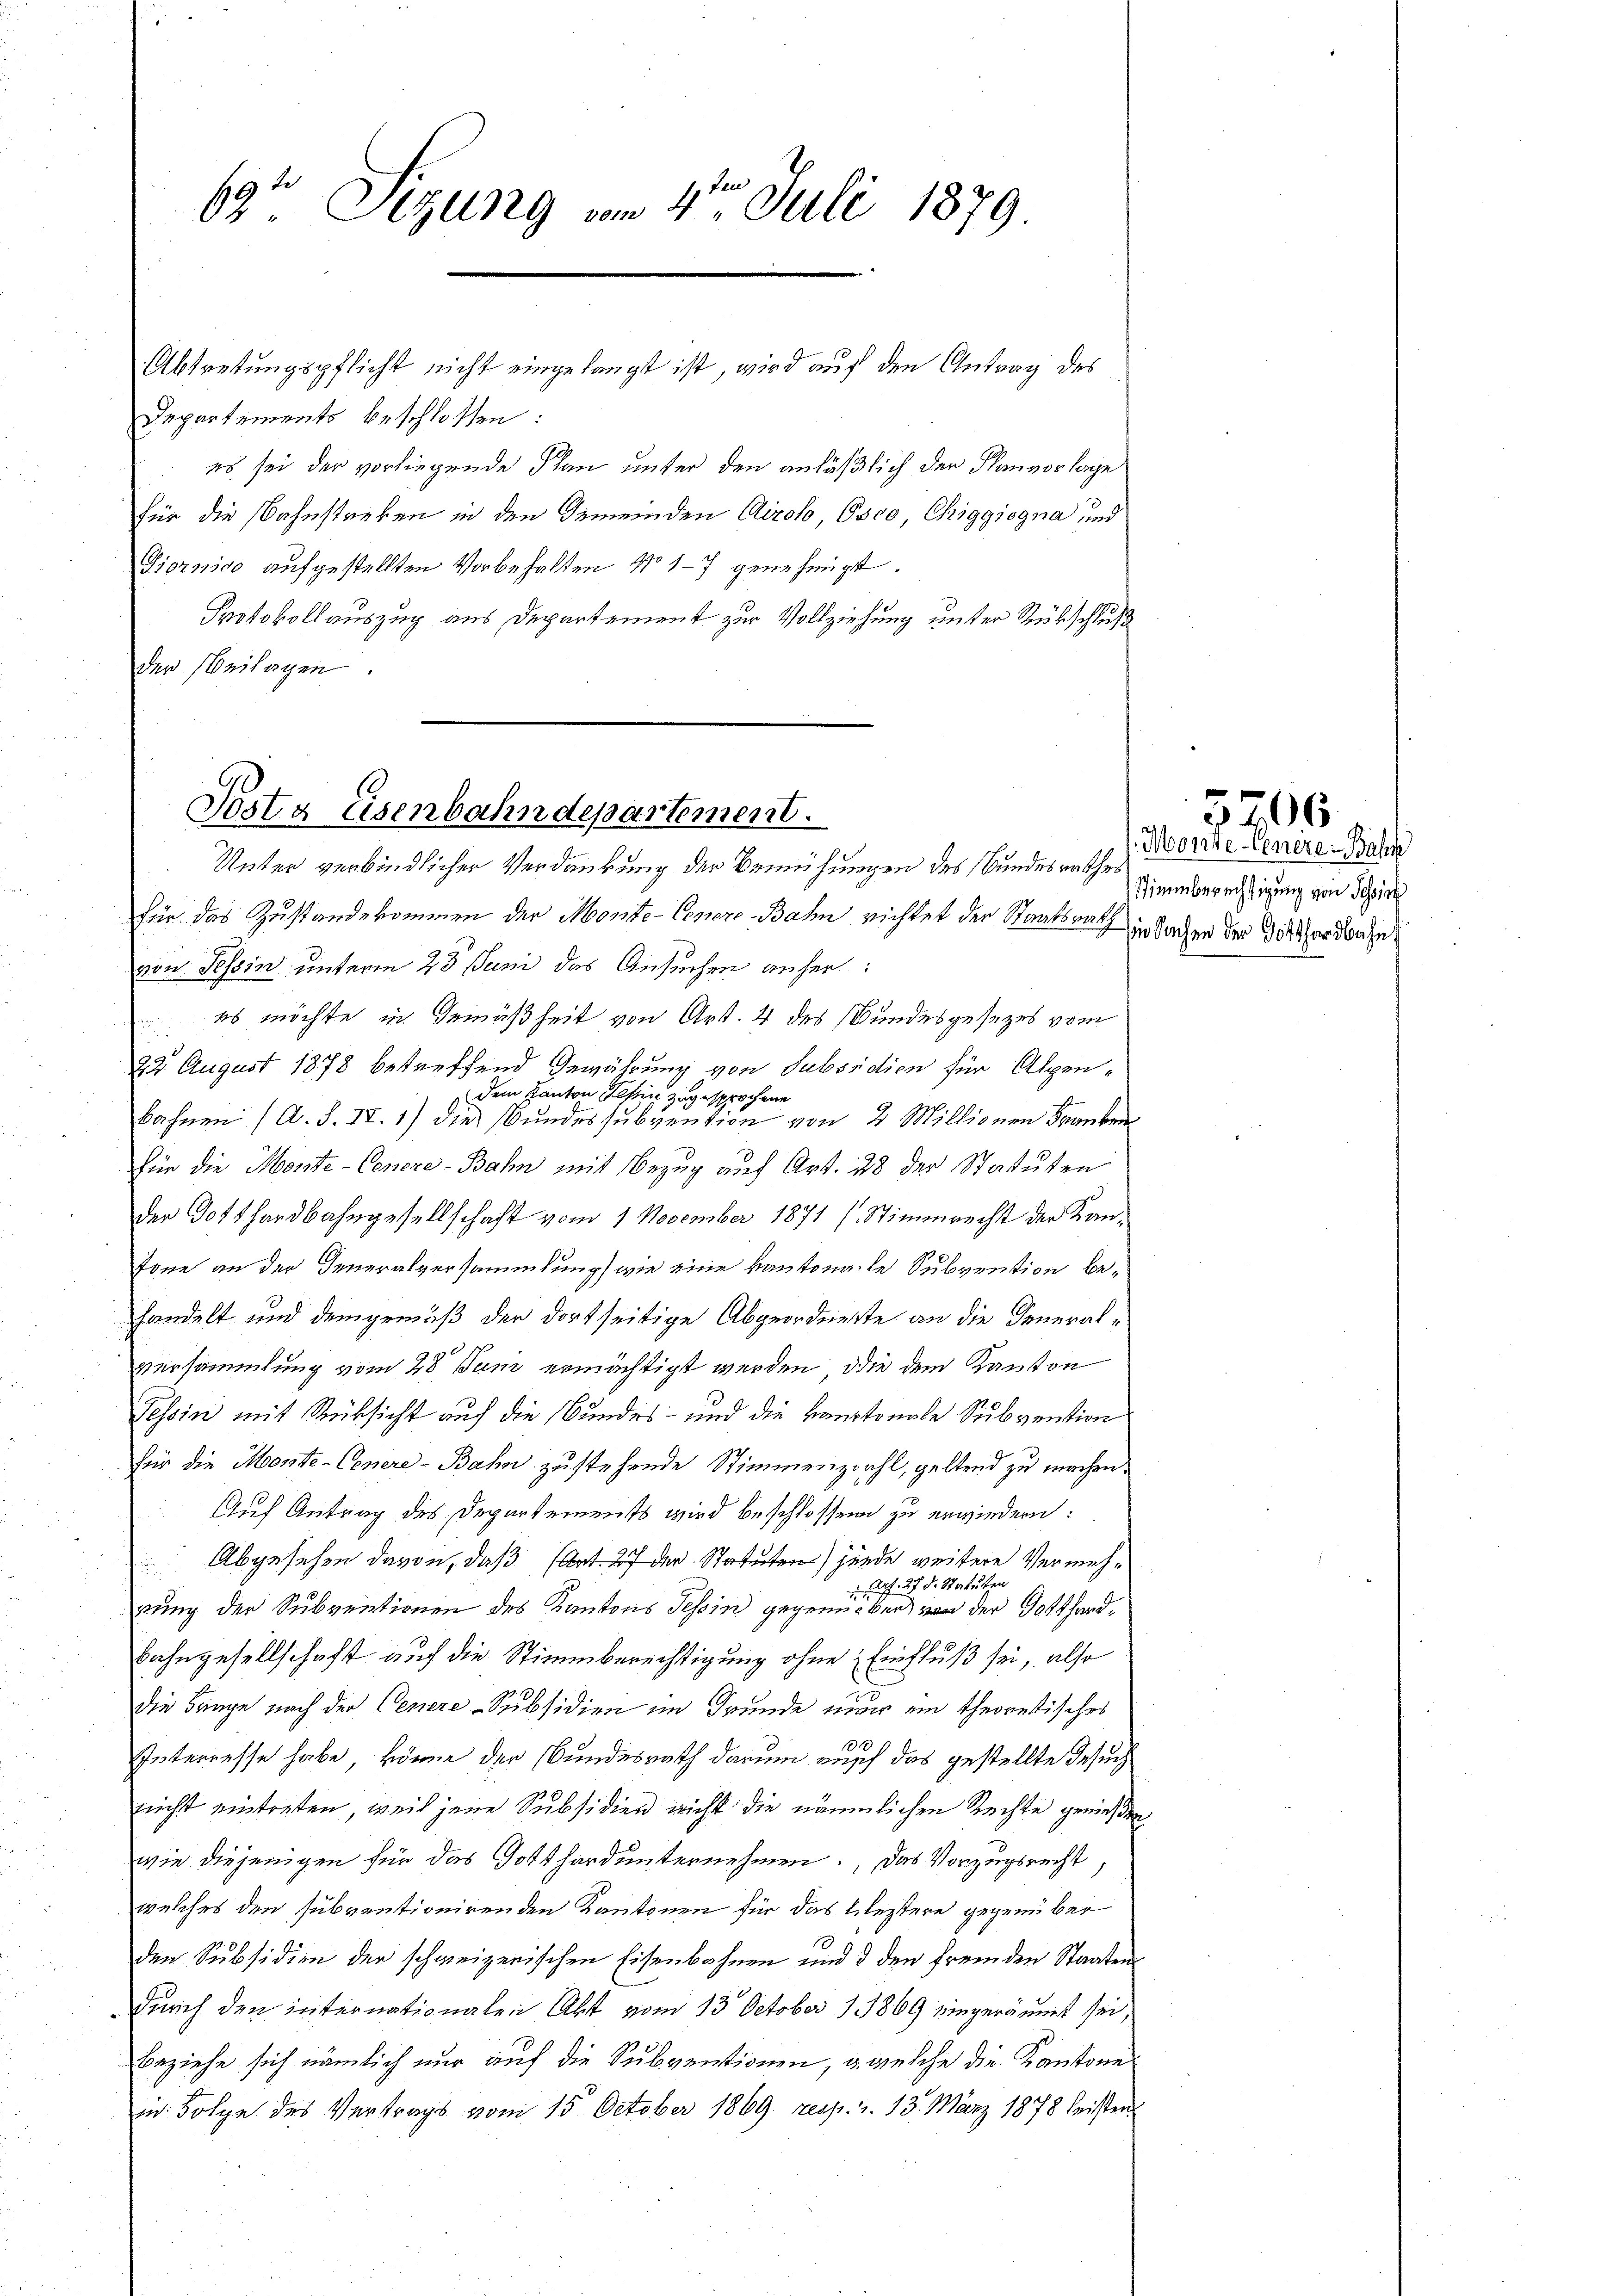
69te Sigung vom 4te͇n Juli 1879.

Abtretungspflicht nicht eingelangt ist, wird auf den Antrag des
Departements beschlossen:
es sei der vorliegende Plan unter den anläßlich der Planvorlage
für die Bahnstanken in den Gemeinden Airolo, Osco, Chiggjogna und
Giornico aufgestellten Vorbehalten No 17 genehmigt.
Protokollauszug aus Departement zur Vollziehung unter Rückschluß
der Beilagen.

Posta Eisenbahndepartement.
Unter verbindlicher Verdankung der Bemühungen des Bundesrathes

für das Zustandekommen der Monte-Conere Bahn richtet der Staatsrath in Sachen der Gotthardbahn
von Tessin unterm 23 Juni das Ansuchen anher:
es möchte in Gemäßheit von Art. 4 des Bundesgesezes vom
22. August 1878 betreffend Gewährung von Subsidien für Alpendem Kanton Tessin zugesprochene
bahnen (A. S. II. 1) die Bundessubvention von 2 Millionen Franken
für die Monte-Genere-Bahn mit Bezug auf Art. 28 der Statuten
der Gotthardbahngesellschaft vom 1. November 1871 (Stimmrecht der Kan¬
Tone an der Generalversammlung wie eine kantonale Subvention behandelt und demgemäß der dortseitige Abgeordneste an die Generalversammlung vom 28 Juni ermächtigt werden, die dem Kanton
Tessin mit Rücksicht auf die Bundes- und die kantonale Subvention
für die Monte-Genere-Bahn zu stehende Stimmenzwahl, geltend zu machen.
Auf Antrag des Departements wird beschlossen zu erwiedern:
Abgesehen davon, daß (Art. 27 der Statuten) Zunde weitere Vermehaf 27 d. Statuten
z
rung der Subventionen des Kantons Tessin gegenüber, von der Gotthard¬
Bahngesellschaft auf die Stimmberechtigung ohne Einfluß sei, also
die Frage nach der Cenere-Subsidien im Grunde nur ein theoretisches
10
Interresse habe, könne der Bundesrath darum auch das gestellte Besuch
nicht eintreten, weil jene Subsidien nicht die nämmlichen Rechte genießen
wie diejenigen für das Gotthard unternehmen. Das Vorzugsrecht,
welches den subventionirenden Kantonen für das bleitere gegenüber
den Subsidien der schweizerischen Eisenbahnen und 3 den fremden Staaten
durch den internationalen Akt vom 13. October 1869 eingeräumt sei,
Beziehe sich nämlich nur auf die Subventionen, u. welche die Kantone
in Folge des Vertrags vom 15. October 1869. resp. 2. 13. März 1878 leisten

Morte Genere Basel
Stimmberechtigung von Sching

06